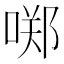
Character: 𱓣